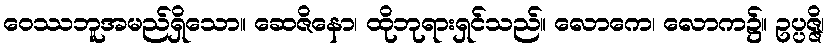
ဝေဿဘူအမည်ရှိသော။ ဆေဇိနော၊ ထိုဘုရားရှင်သည်။ လောကေ၊ လောက၌။ ဥပ္ပဇ္ဇိ၊